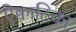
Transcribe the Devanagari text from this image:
ऐक्वाटिका